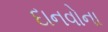
દાનવોના